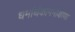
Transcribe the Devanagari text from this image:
धर्मार्थकाममोक्षाणा